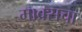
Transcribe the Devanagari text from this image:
माक्र्सचा